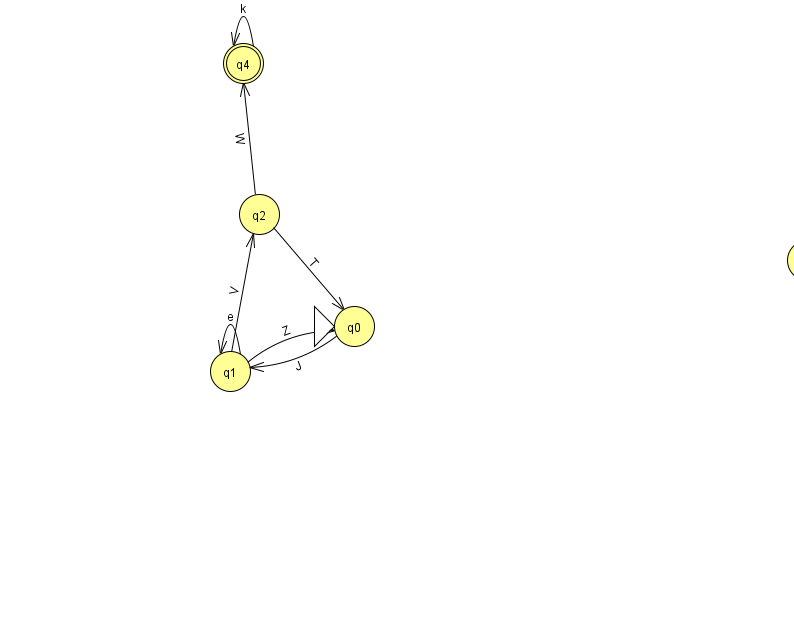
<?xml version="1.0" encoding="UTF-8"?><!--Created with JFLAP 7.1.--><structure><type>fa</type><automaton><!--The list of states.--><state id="0" name="q0"><x>354.0</x><y>313.0</y><initial/></state><state id="1" name="q1"><x>230.0</x><y>358.0</y></state><state id="2" name="q2"><x>259.0</x><y>201.0</y></state><state id="3" name="q3"><x>807.0</x><y>247.0</y></state><state id="4" name="q4"><x>243.0</x><y>50.0</y><final/></state><!--The list of transitions.--><transition><from>1</from><to>2</to><read>V</read></transition><transition><from>0</from><to>1</to><read>J</read></transition><transition><from>1</from><to>0</to><read>Z</read></transition><transition><from>1</from><to>1</to><read>e</read></transition><transition><from>2</from><to>4</to><read>W</read></transition><transition><from>3</from><to>3</to><read>I</read></transition><transition><from>4</from><to>4</to><read>k</read></transition><transition><from>2</from><to>0</to><read>T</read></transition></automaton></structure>